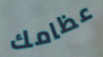
عظامك